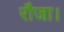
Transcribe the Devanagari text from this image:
रौजा।